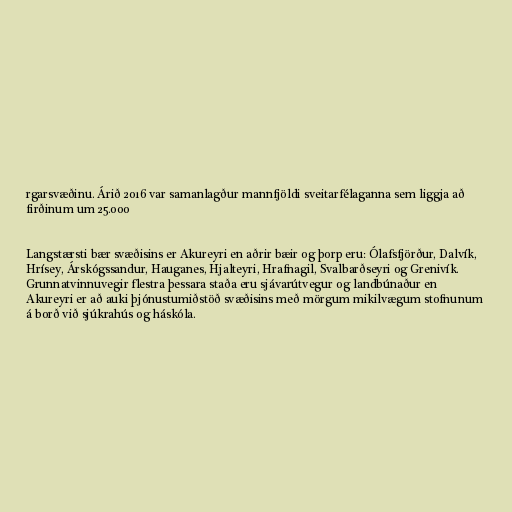
rgarsvæðinu. Árið 2016 var samanlagður mannfjöldi sveitarfélaganna sem liggja að
firðinum um 25.000

Langstærsti bær svæðisins er Akureyri en aðrir bæir og þorp eru: Ólafsfjörður, Dalvík,
Hrísey, Árskógssandur, Hauganes, Hjalteyri, Hrafnagil, Svalbarðseyri og Grenivík.
Grunnatvinnuvegir flestra þessara staða eru sjávarútvegur og landbúnaður en
Akureyri er að auki þjónustumiðstöð svæðisins með mörgum mikilvægum stofnunum
á borð við sjúkrahús og háskóla.